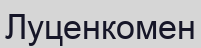
Луценкомен